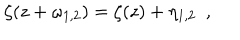
\zeta ( z + \omega _ { 1 , 2 } ) = \zeta ( z ) + \eta _ { 1 , 2 } ~ ~ ,